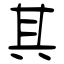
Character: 其